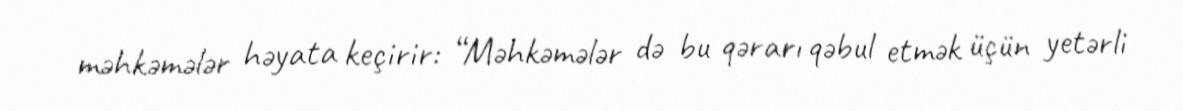
məhkəmələr həyata keçirir: “Məhkəmələr də bu qərarı qəbul etmək üçün yetərli